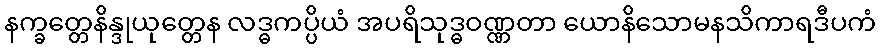
နက္ခတ္တေနိန္ဒုယုတ္တေန လဒ္ဓကပ္ပိယံ အပရိသုဒ္ဓဝဏ္ဏတာ ယောနိသောမနသိကာရဒီပကံ